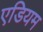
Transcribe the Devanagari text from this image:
एडियम